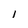
Character: I